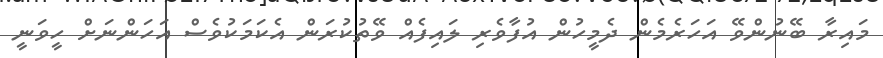
މައިރާ ބޭނުންވޭ އަހަރެމެން ދެމީހުން އުފާވެރި ލައިފެއް ވޭތުކުރަން އެކަމަކުވެސް އަހަންނަށް ހީވަނީ